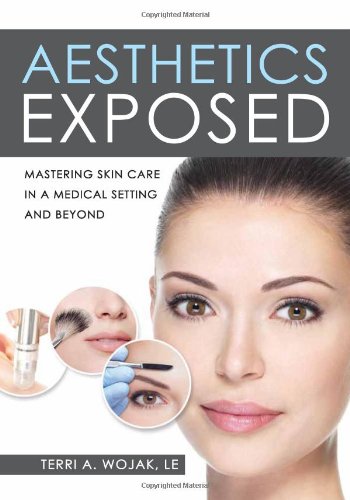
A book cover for Aesthetics Exposed: Mastering Skin Care in a Medical Setting and Beyond; Terri A. Wojak LE; Health, Fitness & Dieting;